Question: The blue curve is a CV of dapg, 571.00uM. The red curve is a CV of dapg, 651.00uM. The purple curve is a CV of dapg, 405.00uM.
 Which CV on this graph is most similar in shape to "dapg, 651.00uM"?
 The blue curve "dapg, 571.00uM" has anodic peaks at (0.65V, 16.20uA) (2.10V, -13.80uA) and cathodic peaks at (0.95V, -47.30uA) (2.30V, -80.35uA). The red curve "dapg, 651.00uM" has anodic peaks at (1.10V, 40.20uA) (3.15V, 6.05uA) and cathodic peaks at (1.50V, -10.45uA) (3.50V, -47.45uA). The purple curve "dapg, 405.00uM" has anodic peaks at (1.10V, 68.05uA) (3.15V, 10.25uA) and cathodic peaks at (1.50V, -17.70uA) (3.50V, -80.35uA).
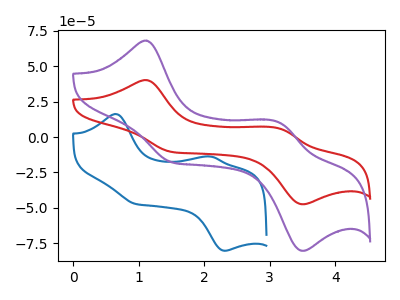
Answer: <think>"dapg, 571.00uM" and "dapg, 651.00uM" have at least one peak that do not match. "dapg, 571.00uM" and "dapg, 405.00uM" have at least one peak that do not match. All the peaks in "dapg, 651.00uM" have a peak in "dapg, 405.00uM" at the same potential. Every peak in "dapg, 651.00uM" is lower than every peak in "dapg, 405.00uM".
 </think>
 <answer>The CV with the most similar shape to "dapg, 405.00uM" is "dapg, 651.00uM".</answer>
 <eval>"dapg, 651.00uM"</eval>